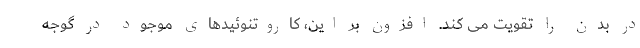
در بدن را تقویت می کند. افزون بر این، کاروتنوئیدهای موجود در گوجه